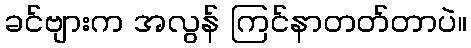
ခင်ဗျားက အလွန် ကြင်နာတတ်တာပဲ။